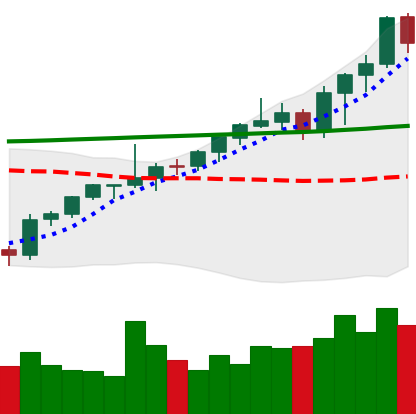
Ticker: ETH-USD
Chart end date: 2021-08-08
Forward return: 10.236%
Label: up_7plus